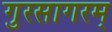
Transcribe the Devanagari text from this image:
गुरसागरम्